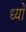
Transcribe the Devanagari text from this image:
ध्यों